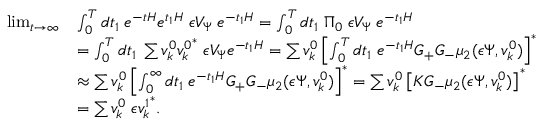
\begin{array} { r l } { \operatorname* { l i m } _ { t \to \infty } } & { \int _ { 0 } ^ { T } d t _ { 1 } \; e ^ { - t H } e ^ { t _ { 1 } H } \; { \epsilon } V _ { \Psi } \; e ^ { - t _ { 1 } H } = \int _ { 0 } ^ { T } d t _ { 1 } \; \Pi _ { 0 } \; { \epsilon } V _ { \Psi } \; e ^ { - t _ { 1 } H } } \\ & { = \int _ { 0 } ^ { T } d t _ { 1 } \; \sum v _ { k } ^ { 0 } { v _ { k } ^ { 0 } } ^ { \ast } \; { \epsilon } V _ { \Psi } e ^ { - t _ { 1 } H } = \sum v _ { k } ^ { 0 } \left[ \int _ { 0 } ^ { T } d t _ { 1 } \; e ^ { - t _ { 1 } H } G _ { + } G _ { - } \mu _ { 2 } ( { \epsilon } \Psi , v _ { k } ^ { 0 } ) \right] ^ { \ast } } \\ & { \approx \sum v _ { k } ^ { 0 } \left[ \int _ { 0 } ^ { \infty } d t _ { 1 } \; e ^ { - t _ { 1 } H } G _ { + } G _ { - } \mu _ { 2 } ( { \epsilon } \Psi , v _ { k } ^ { 0 } ) \right] ^ { \ast } = \sum v _ { k } ^ { 0 } \left[ K G _ { - } \mu _ { 2 } ( { \epsilon } \Psi , v _ { k } ^ { 0 } ) \right] ^ { \ast } } \\ & { = \sum v _ { k } ^ { 0 } \; { { \epsilon } v _ { k } ^ { 1 } } ^ { \ast } . } \end{array}